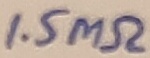
Text: 1.5MΩ